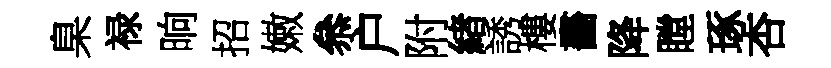
臬禄晌招嫩叅户附緖誘樓畵降瞠琢杏